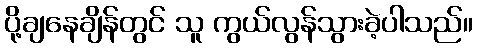
ပို့ချနေချိန်တွင် သူ ကွယ်လွန်သွားခဲ့ပါသည်။